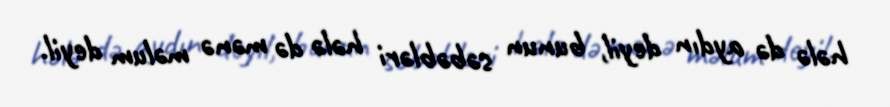
hələ də aydın deyil, bunun səbəbləri hələ də mənə məlum deyil.